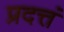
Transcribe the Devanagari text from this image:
प्रदत्तं